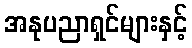
အနုပညာရှင်များနှင့်